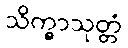
သိက္ခာသုတ္တံ